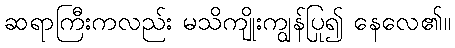
ဆရာကြီးကလည်း မသိကျိုးကျွန်ပြု၍ နေလေ၏။